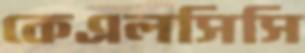
কেএলসিসি